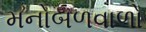
મનોબળવાળો